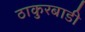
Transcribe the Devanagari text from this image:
ठाकुरबाडी